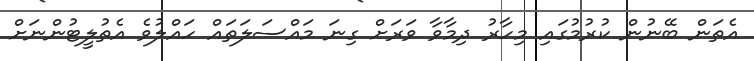
އެތަން ބޭނުން ކުރުމުގައި މިހާރު ދިމާވާ ވަރަށް ގިނަ މައްސަލަތައް ހައްލުވެ އެތުލީޓުންނަށް